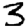
Digit: 3